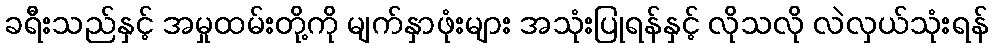
ခရီးသည်နှင့် အမှုထမ်းတို့ကို မျက်နှာဖုံးများ အသုံးပြုရန်နှင့် လိုသလို လဲလှယ်သုံးရန်